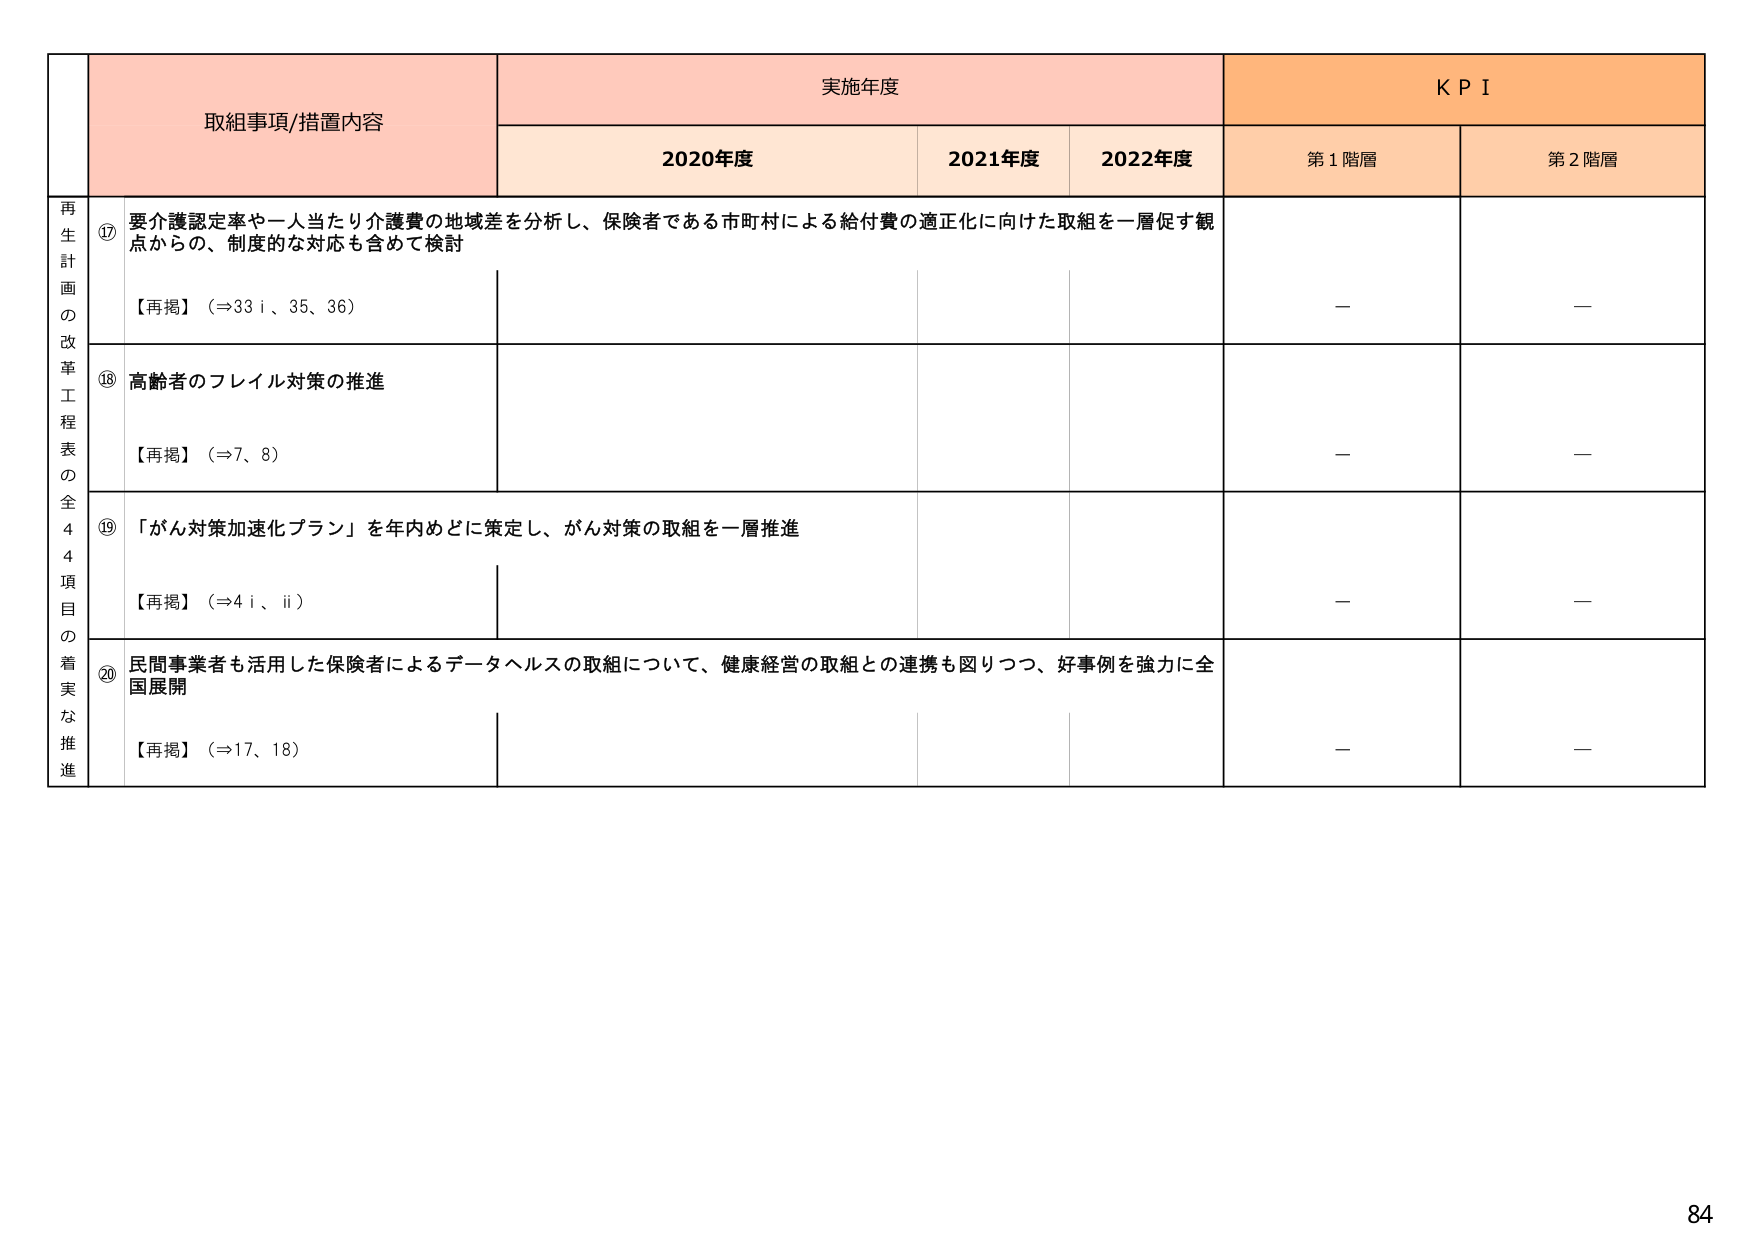
取組事項/措置内容
実施年度
KPI
2020年度
2021年度
2022年度
第1階層
第2階層
再生計画の改革工程表の全44項目の着実な推進
⑰ 要介護認定率や一人当たり介護費の地域差を分析し、保険者である市町村による給付費の適正化に向けた取組を一層促す観点からの、制度的な対応も含めて検討
【再掲】（⇒33ⅰ、35、36）
－
－
⑱ 高齢者のフレイル対策の推進
【再掲】（⇒7、8）
－
－
⑲ 「がん対策加速化プラン」を年内めどに策定し、がん対策の取組を一層推進
【再掲】（⇒4ⅰ、ⅱ）
－
－
⑳ 民間事業者も活用した保険者によるデータヘルスの取組について、健康経営の取組との連携も図りつつ、好事例を強力に全国展開
【再掲】（⇒17、18）
－
－
84